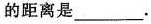
的距离是_______.